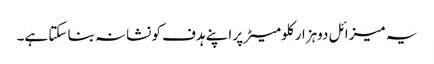
یہ میزائل دوہزار کلومیٹر پر اپنے ہدف کو نشانہ بنا سکتا ہے۔